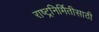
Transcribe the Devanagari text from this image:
राष्ट्रनिर्मितीसाठी